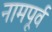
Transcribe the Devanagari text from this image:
नामपूर्व